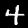
Label: 4